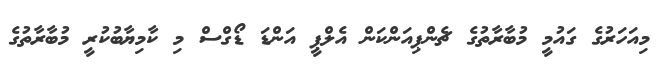
މިއަހަރުގެ ގައުމީ މުބާރާތުގެ ޗެންޕިއަންކަން އެލްޕީ އަންޑަ ޑޯގްސް މި ކާމިޔާބުކުރީ މުބާރާތުގެ